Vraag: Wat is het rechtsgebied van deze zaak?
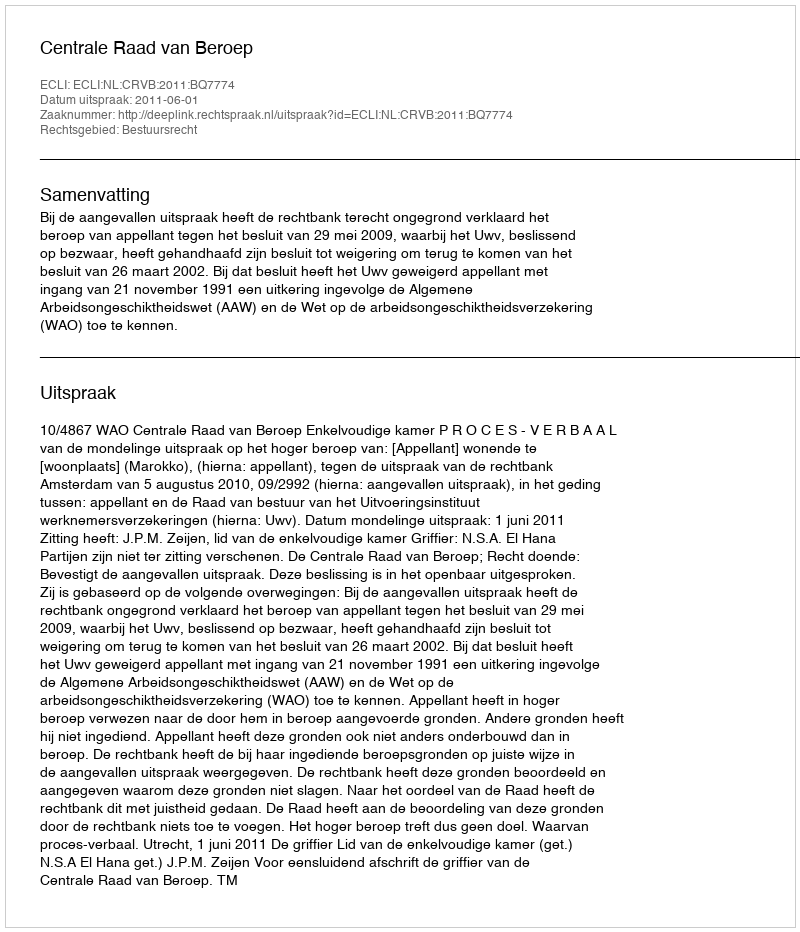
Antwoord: Bestuursrecht